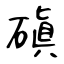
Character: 磌